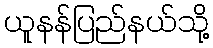
ယူနန်ပြည်နယ်သို့